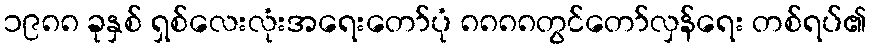
၁၉၈၈ ခုနှစ် ရှစ်လေးလုံးအရေးတော်ပုံ ၈၈၈၈တွင်တော်လှန်ရေး တစ်ရပ်၏